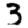
Digit: 3